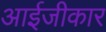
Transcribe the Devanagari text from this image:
आईजीकार